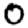
Digit: 0